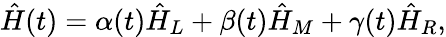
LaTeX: \hat{H}(t)=\alpha(t)\hat{H}_{L}+\beta(t)\hat{H}_{M}+\gamma(t)\hat{H}_{R},